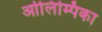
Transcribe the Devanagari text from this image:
ओलिम्पिका